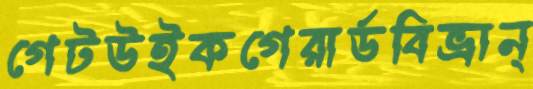
গেটউইকগেরার্ডবিভ্রান্